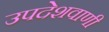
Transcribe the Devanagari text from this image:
उपदेशवाणी